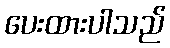
ပေးထားပါသည်